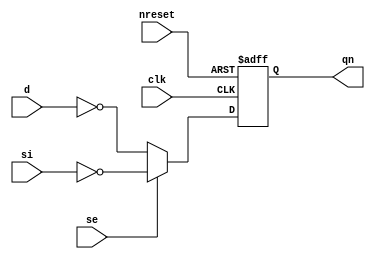
// This program was cloned from: https://github.com/aolofsson/oh
// License: MIT License

//#############################################################################
//# Function:  Positive edge-triggered static inverting D-type flop-flop with #
//             async active low reset and scan input                          # 
//# Copyright: OH Project Authors. ALl rights Reserved.                       #
//# License:   MIT (see LICENSE file in OH repository)                        # 
//#############################################################################

module oh_sdffrqn #(parameter DW = 1) // array width
   (
    input [DW-1:0] 	d,
    input [DW-1:0] 	si,
    input [DW-1:0] 	se,
    input [DW-1:0] 	clk,
    input [DW-1:0] 	nreset,
    output reg [DW-1:0] qn
    );
   
   always @ (posedge clk or negedge nreset)
     if(!nreset)
       qn <= {DW{1'b1}};
     else
       qn <=  se ? ~si : ~d;
   
endmodule